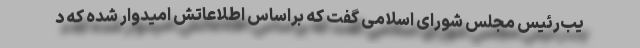
یب‌رئیس مجلس شورای اسلامی گفت که براساس اطلاعاتش امیدوار شده که د